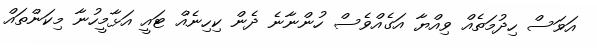
އަވަސް ހިދުމަތެއް ވިއްޔާ އަގެއްވެސް ހުންނާނެ ދެން ކިހިނެއް ޓައީ އަޅާމީހުނާ މިކަންތައް